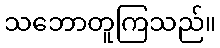
သဘောတူကြသည်။